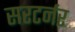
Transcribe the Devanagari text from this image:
सरटर्नर